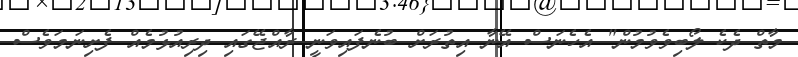
މާތް ދެކެ ލޯބިވެވުމުން" އެހެނަސް އޭނާ އިތުރަށް ބުނެފައިވަނީ ރާއްޖޭގައި ދިރިއުޅުމެއް ފެށިނަމަވެސް